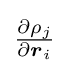
{\tfrac {\partial \rho _{j}}{\partial {\boldsymbol {r}}_{i}}}